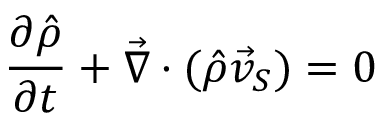
\frac { \partial \hat { \rho } } { \partial t } + \vec { \nabla } \cdot ( \hat { \rho } \vec { v } _ { S } ) = 0